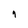
Character: 9